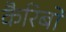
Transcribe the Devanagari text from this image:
कैरिबो